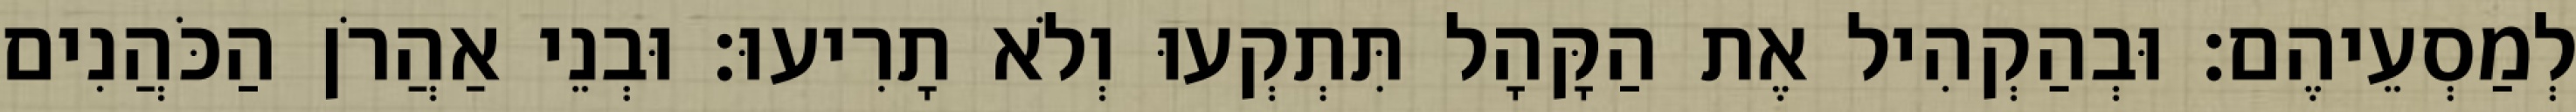
לְמַסְעֵיהֶם׃ וּבְהַקְהִיל אֶת הַקָּהָל תִּתְקְעוּ וְלֹא תָרִיעוּ׃ וּבְנֵי אַהֲרֹן הַכֹּהֲנִים